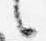
言